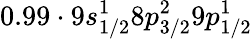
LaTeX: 0.99\cdot 9s_{1/2}^{1}8p_{3/2}^{2}9p_{1/2}^{1}